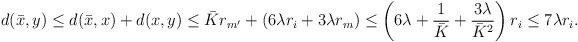
LaTeX: \begin{align*} d(\bar x, y) &\le d(\bar x, x) + d(x, y) \le \bar K r_{m'} + (6\lambda r_i + 3\lambda r_m)\le \left(6\lambda + \frac 1{\bar K} + \frac{3\lambda}{\bar K^2}\right) r_i \le 7\lambda r_i.\end{align*}